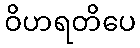
ဝိဟရတိပေ